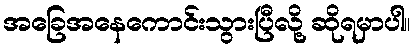
အခြေအနေကောင်းသွားပြီလို့ ဆိုရမှာပါ။